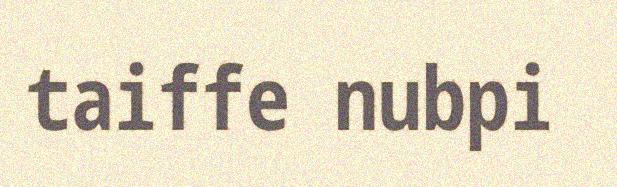
taiffe nubpi